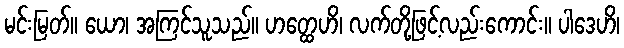
မင်းမြတ်။ ယော၊ အကြင်သူသည်။ ဟတ္ထေဟိ၊ လက်တို့ဖြင့်လည်းကောင်း။ ပါဒေဟိ၊